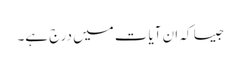
جیسا کہ ان آیات میں درج ہے۔